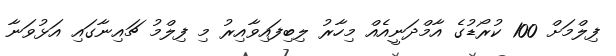
ފިލްމަށް 100 ކުރޯޑުގެ އާމްދަނީއެއް މިހާރު ލިބިފައިވާއިރު މި ފިލްމު ޗައިނާގައި އަޅުވަނާ